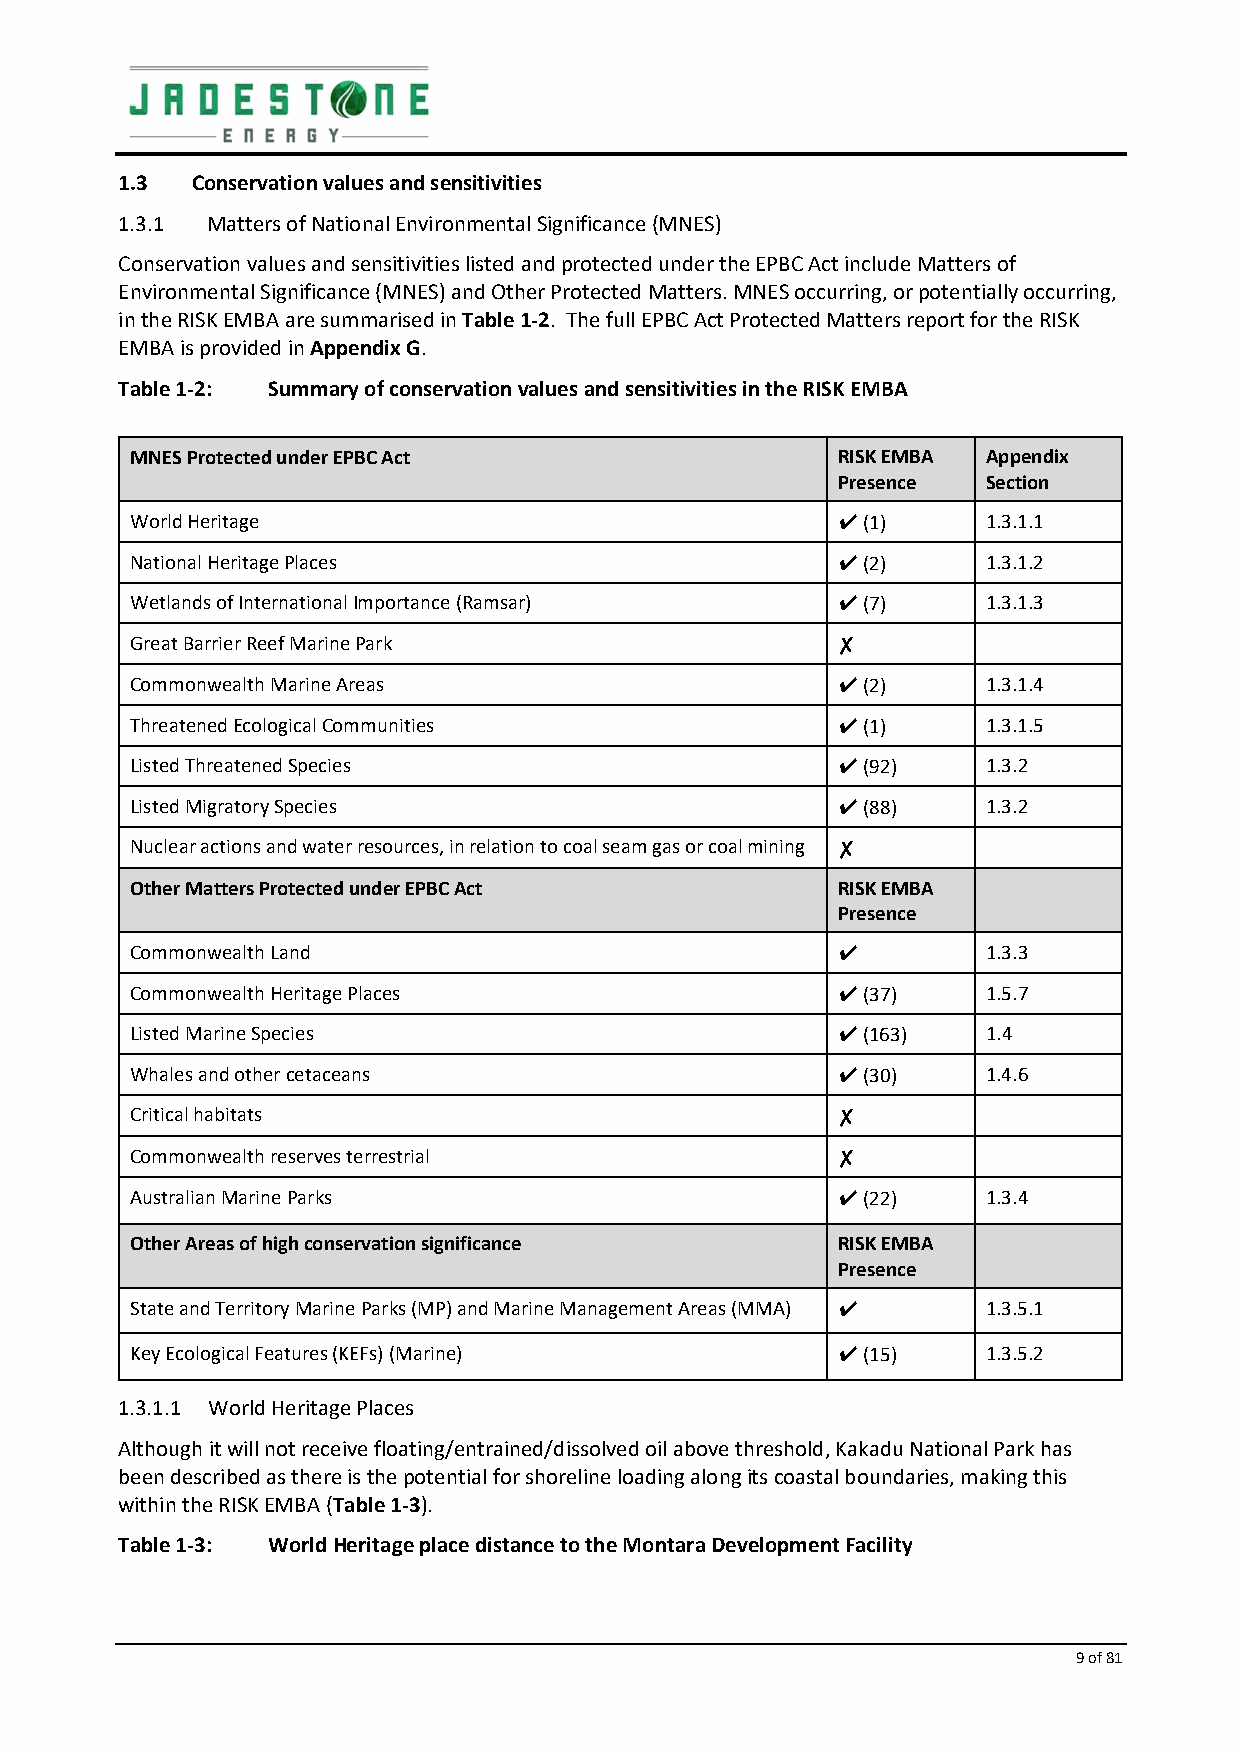
1.3  Conservation values and sensitivities
 1.3.1 Matters of National Environmental Significance (MNES)
 Conservation values and sensitivities listed and protected under the EPBC Act include Matters of
 Environmental Significance (MNES) and Other Protected Matters. MNES occurring, or potentially occurring,
 in the RISK EMBA are summarised in Table 1‐2. The full EPBC Act Protected Matters report for the RISK
 EMBA is provided in Appendix G.
 Table 1‐2: Summary of conservation values and sensitivities in the RISK EMBA
 MNES Protected under EPBC Act                 RISK EMBA Appendix
 Presence  Section
 World Heritage                                ✔ (1)     1.3.1.1
 National Heritage Places                      ✔ (2)     1.3.1.2
 Wetlands of International Importance (Ramsar) ✔ (7)     1.3.1.3
 Great Barrier Reef Marine Park                ✘
 Commonwealth Marine Areas                     ✔ (2)     1.3.1.4
 Threatened Ecological Communities             ✔ (1)     1.3.1.5
 Listed Threatened Species                     ✔ (92)    1.3.2
 Listed Migratory Species                      ✔ (88)    1.3.2
 Nuclear actions and water resources, in relation to coal seam gas or coal mining ✘
 Other Matters Protected under EPBC Act        RISK EMBA
 Presence
 Commonwealth Land                             ✔         1.3.3
 Commonwealth Heritage Places                  ✔ (37)    1.5.7
 Listed Marine Species                         ✔ (163)   1.4
 Whales and other cetaceans                    ✔ (30)    1.4.6
 Critical habitats                             ✘
 Commonwealth reserves terrestrial             ✘
 Australian Marine Parks                       ✔ (22)    1.3.4
 Other Areas of high conservation significance RISK EMBA
 Presence
 State and Territory Marine Parks (MP) and Marine Management Areas (MMA) ✔ 1.3.5.1
 Key Ecological Features (KEFs) (Marine)       ✔ (15)    1.3.5.2
 1.3.1.1 World Heritage Places
 Although it will not receive floating/entrained/dissolved oil above threshold, Kakadu National Park has
 been described as there is the potential for shoreline loading along its coastal boundaries, making this
 within the RISK EMBA (Table 1‐3).
 Table 1‐3: World Heritage place distance to the Montara Development Facility
 9 of 81